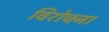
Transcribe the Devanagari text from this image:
विरोचना